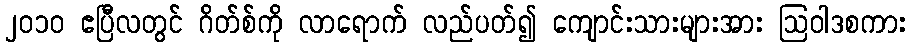
၂၀၁၀ ဧပြီလတွင် ဂိတ်စ်ကို လာရောက် လည်ပတ်၍ ကျောင်းသားများအား ဩဝါဒစကား